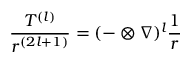
{ \frac { \boldsymbol { T ^ { ( l ) } } } { r ^ { ( 2 l + 1 ) } } } = ( - \otimes { \boldsymbol { \nabla } } ) ^ { l } { \frac { 1 } { r } }